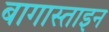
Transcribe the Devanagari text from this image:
बागास्ताइन